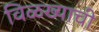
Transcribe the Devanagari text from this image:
विळख्याची